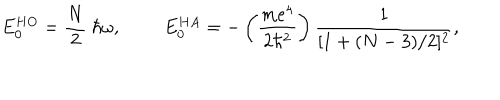
LaTeX: E _ { 0 } ^ { H O } = \frac { N } { 2 } ~ \hbar \omega , E _ { 0 } ^ { H A } = - \left( \frac { m e ^ { 4 } } { 2 \hbar ^ { 2 } } \right) \frac { 1 } { [ 1 + ( N - 3 ) / 2 ] ^ { 2 } } ,